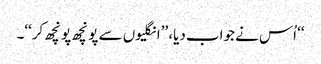
‘‘ اُس نے جواب دیا، ’’انگلیوں سے پونچھ پونچھ کر‘‘۔